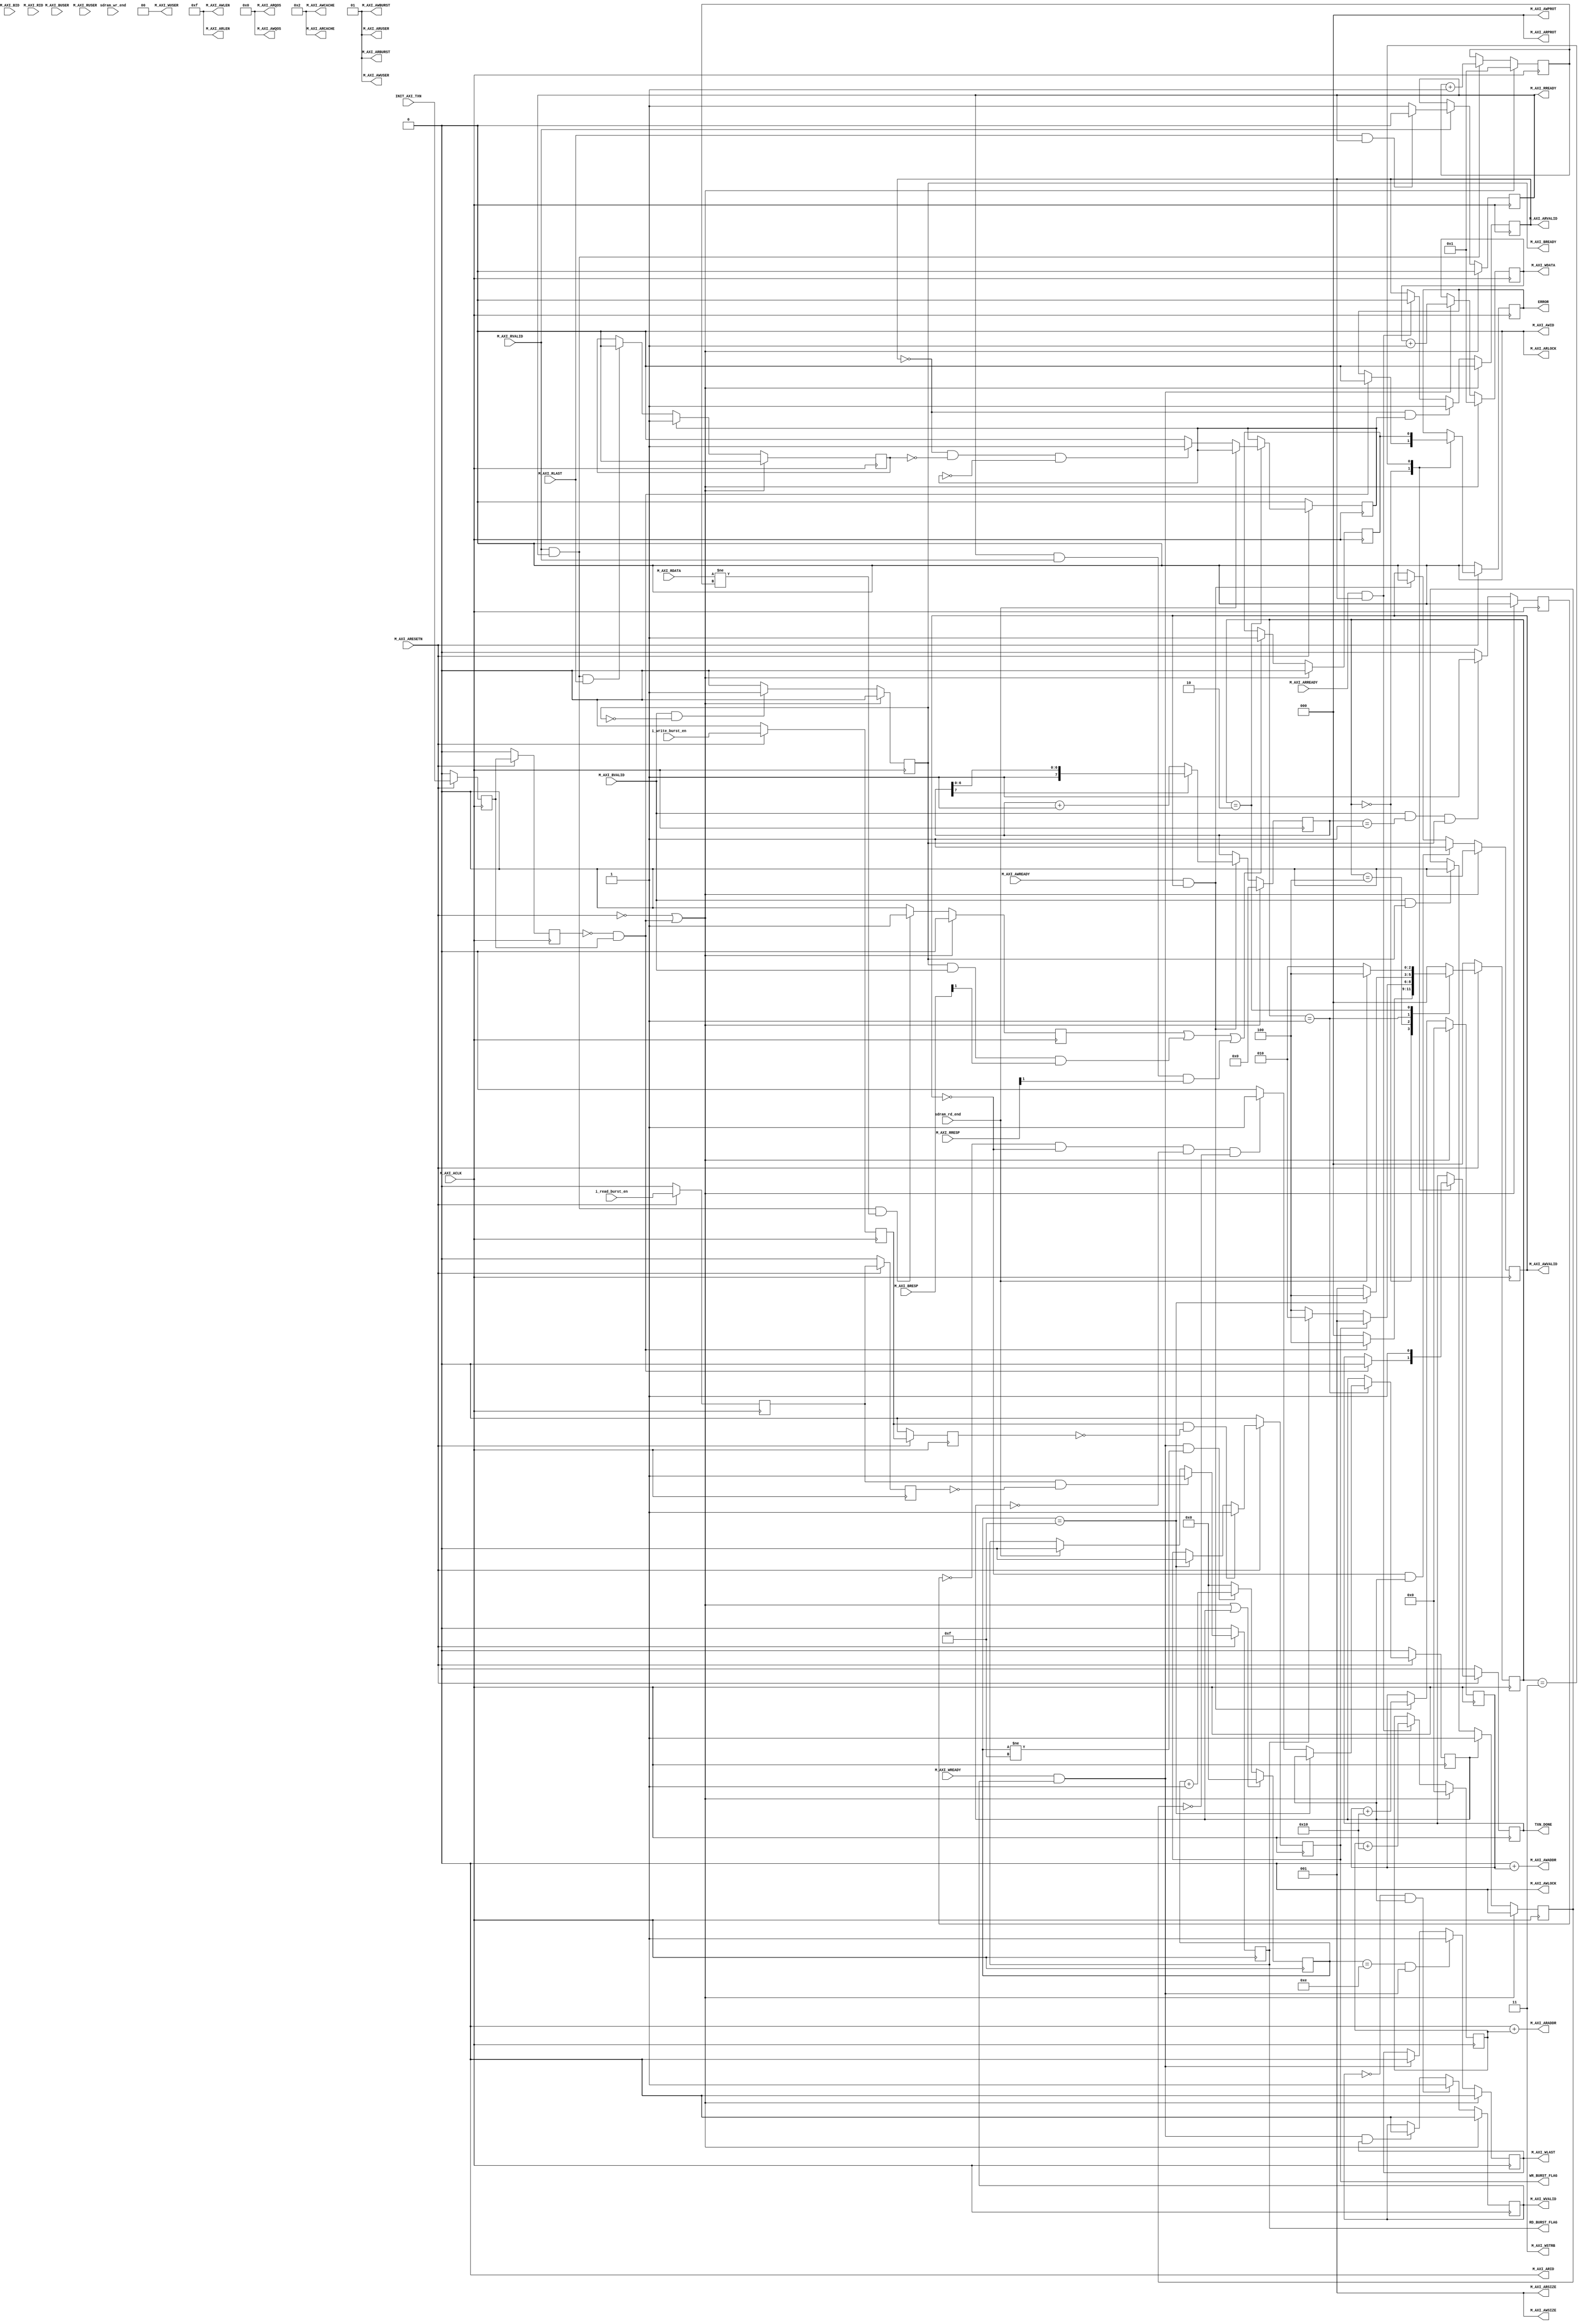
`timescale 1 ns / 1 ps
 
	module sdram_pro_axi_master #
	(
		// Users to add parameters here
 
		// User parameters ends
		// Do not modify the parameters beyond this line
 
		// Base address of targeted slave
		// 
		parameter  C_M_TARGET_SLAVE_BASE_ADDR	= 'd0,
		// Burst Length. Supports 1, 2, 4, 8, 16, 32, 64, 128, 256 burst lengths
		// 
		parameter integer C_M_AXI_BURST_LEN		= 16,
		// Thread ID Width
		// ID
		parameter integer C_M_AXI_ID_WIDTH		= 1,
		// Width of Address Bus
		// 
		parameter integer C_M_AXI_ADDR_WIDTH	= 23,
		// Width of Data Bus
		// 
		parameter integer C_M_AXI_DATA_WIDTH	= 16,
		
		// 
		// Width of User Write Address Bus
		parameter integer C_M_AXI_AWUSER_WIDTH	= 0,
		// Width of User Read Address Bus
		parameter integer C_M_AXI_ARUSER_WIDTH	= 0,
		// Width of User Write Data Bus
		parameter integer C_M_AXI_WUSER_WIDTH	= 0,
		// Width of User Read Data Bus
		parameter integer C_M_AXI_RUSER_WIDTH	= 0,
		// Width of User Response Bus
		parameter integer C_M_AXI_BUSER_WIDTH	= 0
	)
	(
		// Users to add ports here
		input	i_write_burst_en				, // 
		input	i_read_burst_en					, // 
		input	sdram_wr_end					, // sdram 
		input	sdram_rd_end					, // sdram 
		output	WR_BURST_FLAG					,
		output	RD_BURST_FLAG					,
		// User ports ends
		// Do not modify the ports beyond this line
 
		// Initiate AXI transactions
		input wire  INIT_AXI_TXN,
		// Asserts when transaction is complete
		output wire  TXN_DONE,
		// Asserts when ERROR is detected
		output reg  ERROR,
		// Global Clock Signal.
		// 
		input wire  M_AXI_ACLK,
		// Global Reset Singal. This Signal is Active Low
		// 
		input wire  M_AXI_ARESETN,
		// Master Interface Write Address ID
		// ID
		output wire [C_M_AXI_ID_WIDTH-1 : 0] M_AXI_AWID,
		// Master Interface Write Address
		// 
		output wire [C_M_AXI_ADDR_WIDTH-1 : 0] M_AXI_AWADDR,
		// Burst length. The burst length gives the exact number of transfers in a burst
		//  -> (Transfer)
		output wire [7 : 0] M_AXI_AWLEN,
		// Burst size. This signal indicates the size of each transfer in the burst
		//  -> (Transfer)()
		output wire [2 : 0] M_AXI_AWSIZE,
		// Burst type. The burst type and the size information, 
		// determine how the address for each transfer within the burst is calculated.
		//  INCR WRAP
		output wire [1 : 0] M_AXI_AWBURST,
		
		
		// Lock type. Provides additional information about the
		// atomic characteristics of the transfer.
		output wire  M_AXI_AWLOCK,
		// Memory type. This signal indicates how transactions
		// are required to progress through a system.
		output wire [3 : 0] M_AXI_AWCACHE,
		// Protection type. This signal indicates the privilege
		// and security level of the transaction, and whether
		// the transaction is a data access or an instruction access.
		output wire [2 : 0] M_AXI_AWPROT,
		// Quality of Service, QoS identifier sent for each write transaction.
		output wire [3 : 0] M_AXI_AWQOS,
		// Optional User-defined signal in the write address channel.
		output wire [C_M_AXI_AWUSER_WIDTH-1 : 0] M_AXI_AWUSER,
		
		
		// Write address valid. This signal indicates that
		// the channel is signaling valid write address and control information.
		//   -
		output wire  M_AXI_AWVALID,
		// Write address ready. This signal indicates that
		// the slave is ready to accept an address and associated control signals
		// ready  -
		input wire  M_AXI_AWREADY,
		// Master Interface Write Data.
		// 
		output wire [C_M_AXI_DATA_WIDTH-1 : 0] M_AXI_WDATA,
		// Write strobes. This signal indicates which byte
		// lanes hold valid data. There is one write strobe
		// bit for each eight bits of the write data bus.
		// strobe 
		output wire [C_M_AXI_DATA_WIDTH/8-1 : 0] M_AXI_WSTRB,
		// Write last. This signal indicates the last transfer in a write burst.
		// (Transfer)
		output wire  M_AXI_WLAST,
		
		
		// Optional User-defined signal in the write data channel.
		output wire [C_M_AXI_WUSER_WIDTH-1 : 0] M_AXI_WUSER,
		
		
		// Write valid. This signal indicates that valid write
		// data and strobes are available
		// 
		output wire  M_AXI_WVALID,
		// Write ready. This signal indicates that the slave
		// can accept the write data.
		// M_AXI_WVALID() -
		input wire  M_AXI_WREADY,
		// Master Interface Write Response.
		input wire [C_M_AXI_ID_WIDTH-1 : 0] M_AXI_BID,
		// Write response. This signal indicates the status of the write transaction.
		// or
		input wire [1 : 0] M_AXI_BRESP,
		// Optional User-defined signal in the write response channel
		input wire [C_M_AXI_BUSER_WIDTH-1 : 0] M_AXI_BUSER,
		// Write response valid. This signal indicates that the
		// channel is signaling a valid write response.
		//  -
		input wire  M_AXI_BVALID,
		// Response ready. This signal indicates that the master
		// can accept a write response.
		//  -
		output wire  M_AXI_BREADY,
		
		
		// Master Interface Read Address.
		// ID
		output wire [C_M_AXI_ID_WIDTH-1 : 0] M_AXI_ARID,
		// Read address. This signal indicates the initial
		// address of a read burst transaction.
		// 
		output wire [C_M_AXI_ADDR_WIDTH-1 : 0] M_AXI_ARADDR,
		// Burst length. The burst length gives the exact number of transfers in a burst
		//  (Transfer)
		output wire [7 : 0] M_AXI_ARLEN,
		// Burst size. This signal indicates the size of each transfer in the burst
		//  ()
		output wire [2 : 0] M_AXI_ARSIZE,
		// Burst type. The burst type and the size information, 
		// determine how the address for each transfer within the burst is calculated.
		// 
		output wire [1 : 0] M_AXI_ARBURST,
		
		
	
		// Lock type. Provides additional information about the
		// atomic characteristics of the transfer.
		output wire  M_AXI_ARLOCK,
		// Memory type. This signal indicates how transactions
		// are required to progress through a system.
		output wire [3 : 0] M_AXI_ARCACHE,
		// Protection type. This signal indicates the privilege
		// and security level of the transaction, and whether
		// the transaction is a data access or an instruction access.
		output wire [2 : 0] M_AXI_ARPROT,
		// Quality of Service, QoS identifier sent for each read transaction
		output wire [3 : 0] M_AXI_ARQOS,
		// Optional User-defined signal in the read address channel.
		output wire [C_M_AXI_ARUSER_WIDTH-1 : 0] M_AXI_ARUSER,
		
		
		
		// Write address valid. This signal indicates that
		// the channel is signaling valid read address and control information
		//  -
		output wire  M_AXI_ARVALID,
		// Read address ready. This signal indicates that
		// the slave is ready to accept an address and associated control signals
		//  - 
		input wire  M_AXI_ARREADY,
		// Read ID tag. This signal is the identification tag
		// for the read data group of signals generated by the slave.
		input wire [C_M_AXI_ID_WIDTH-1 : 0] M_AXI_RID,
		// Master Read Data
		// 
		input wire [C_M_AXI_DATA_WIDTH-1 : 0] M_AXI_RDATA,
		// Read response. This signal indicates the status of the read transfer
		//  or
		input wire [1 : 0] M_AXI_RRESP,
		// Read last. This signal indicates the last transfer in a read burst
		// RLAST (Transfer)
		input wire  M_AXI_RLAST,
		// Optional User-defined signal in the read address channel.
		input wire [C_M_AXI_RUSER_WIDTH-1 : 0] M_AXI_RUSER,
		// Read valid. This signal indicates that the channel
		// is signaling the required read data.
		//  -
		input wire  M_AXI_RVALID,
		// Read ready. This signal indicates that the master can
		// accept the read data and response information.
		//  -
		output wire  M_AXI_RREADY
	);
	// function called clogb2 that returns an integer which has the
	//value of the ceiling of the log base 2
 
	  // function called clogb2 that returns an integer which has the 
	  // value of the ceiling of the log base 2.                      
	  function integer clogb2 (input integer bit_depth);              
	  begin                                                           
	    for(clogb2=0; bit_depth>0; clogb2=clogb2+1)                   
	      bit_depth = bit_depth >> 1;                                 
	    end                                                           
	  endfunction                                                     
 
	// C_TRANSACTIONS_NUM is the width of the index counter for 
	// number of write or read transaction.
	// 
	 localparam integer C_TRANSACTIONS_NUM = clogb2(C_M_AXI_BURST_LEN-1);
 
	// Burst length for transactions, in C_M_AXI_DATA_WIDTHs.
	// Non-2^n lengths will eventually cause bursts across 4K address boundaries.
	 localparam integer C_MASTER_LENGTH	= 12;
	// total number of burst transfers is master length divided by burst length and burst size
	 localparam integer C_NO_BURSTS_REQ = C_MASTER_LENGTH-clogb2((C_M_AXI_BURST_LEN*C_M_AXI_DATA_WIDTH/8)-1);
	// Example State machine to initialize counter, initialize write transactions, 
	// initialize read transactions and comparison of read data with the 
	// written data words.
	parameter [2:0] IDLE 			= 'd0, // This state initiates AXI4Lite transaction 
					// after the state machine changes state to INIT_WRITE 
					// when there is 0 to 1 transition on INIT_AXI_TXN
					INIT_WRITE   	= 'd1, // This state initializes write transaction,
					// once writes are done, the state machine 
					// changes state to INIT_READ 
					INIT_READ 		= 'd2, // This state initializes read transaction
					// once reads are done, the state machine 
					// changes state to INIT_COMPARE 
					INIT_COMPARE 	= 'd3, // This state issues the status of comparison 
					// of the written data with the read data	
					/****************************** self ******************************/
					// add ARBIT state
					ARBIT			= 'd4;
 
	 reg [2:0] mst_exec_state;
 
	// AXI4LITE signals
	//AXI4 internal temp signals
	reg [C_M_AXI_ADDR_WIDTH-1 : 0] 	axi_awaddr;
	reg  	axi_awvalid;
	reg [C_M_AXI_DATA_WIDTH-1 : 0] 	axi_wdata;
	reg  	axi_wlast;
	reg  	axi_wvalid;
	reg  	axi_bready;
	reg [C_M_AXI_ADDR_WIDTH-1 : 0] 	axi_araddr;
	reg  	axi_arvalid;
	reg  	axi_rready;
	//write beat count in a burst
	reg [C_TRANSACTIONS_NUM : 0] 	write_index;
	//read beat count in a burst
	reg [C_TRANSACTIONS_NUM : 0] 	read_index;
	//size of C_M_AXI_BURST_LEN length burst in bytes
	wire [C_TRANSACTIONS_NUM+2 : 0] 	burst_size_bytes;
	//The burst counters are used to track the number of burst transfers of C_M_AXI_BURST_LEN burst length needed to transfer 2^C_MASTER_LENGTH bytes of data.
	reg [C_NO_BURSTS_REQ : 0] 	write_burst_counter;
	reg [C_NO_BURSTS_REQ : 0] 	read_burst_counter;
	reg  	start_single_burst_write;
	reg  	start_single_burst_read;
	reg  	writes_done;
	reg  	reads_done;
	reg  	error_reg;
	reg  	compare_done;
	reg  	read_mismatch;
	reg  	burst_write_active;
	reg  	burst_read_active;
	reg [C_M_AXI_DATA_WIDTH-1 : 0] 	expected_rdata;
	//Interface response error flags
	wire  	write_resp_error;
	wire  	read_resp_error;
	wire  	wnext;
	wire  	rnext;
	reg  	init_txn_ff;
	reg  	init_txn_ff2;
	reg  	init_txn_edge;
	wire  	init_txn_pulse;
	
	/****************************** self ******************************/
	/****************************** self ******************************/
	/****************************** self ******************************/
	// 
	reg 		i_write_burst_en_r0				;
	reg 		i_write_burst_en_r1				;
	reg 		i_read_burst_en_r0				;
	reg 		i_read_burst_en_r1				;
	wire 		i_write_burst_en_pos			;
	wire 		i_read_burst_en_pos				;
	// wr
	always @(posedge M_AXI_ACLK) begin
		if(!M_AXI_ARESETN) begin
			i_write_burst_en_r0 <= 1'b0;
			i_write_burst_en_r1 <= 1'b0;
		end
		else begin
			i_write_burst_en_r0 <= i_write_burst_en;
			i_write_burst_en_r1 <= i_write_burst_en_r0;
		end
	end
	// rd
	always @(posedge M_AXI_ACLK) begin
		if(!M_AXI_ARESETN) begin
			i_read_burst_en_r0 <= 1'b0;
			i_read_burst_en_r1 <= 1'b0;
		end
		else begin
			i_read_burst_en_r0 <= i_read_burst_en;
			i_read_burst_en_r1 <= i_read_burst_en_r0;
		end
	end
	// assign
	assign i_write_burst_en_pos = i_write_burst_en_r0 & ~i_write_burst_en_r1;
	assign i_read_burst_en_pos = i_read_burst_en_r0 & ~i_read_burst_en_r1;
	
	// flag
	reg wr_burst_flag;
	reg rd_burst_flag;
	// wr
	always @(posedge M_AXI_ACLK) begin
		if(!M_AXI_ARESETN) begin
			wr_burst_flag <= 1'b0;
		end
		else if(i_write_burst_en_pos) begin
			wr_burst_flag <= 1'b1;
		end
		//else if(sdram_wr_end) begin
		else if(write_index == C_M_AXI_BURST_LEN-1) begin
			wr_burst_flag <= 1'b0;
		end
		else begin
			wr_burst_flag <= wr_burst_flag;
		end
	end
	// rd
	always @(posedge M_AXI_ACLK) begin
		if(!M_AXI_ARESETN) begin
			rd_burst_flag <= 1'b0;
		end
		else if(i_read_burst_en_pos) begin
			rd_burst_flag <= 1'b1;
		end
		else if(sdram_rd_end) begin
		//else if(read_index == C_M_AXI_BURST_LEN-1) begin
			rd_burst_flag <= 1'b0;
		end
		else begin
			rd_burst_flag <= rd_burst_flag;
		end
	end
	
	assign WR_BURST_FLAG = wr_burst_flag;
	assign RD_BURST_FLAG = rd_burst_flag;
	
	/****************************** self ******************************/
	/****************************** self ******************************/
	/****************************** self ******************************/
	
	// I/O Connections assignments
 
	//I/O Connections. Write Address (AW)
	assign M_AXI_AWID	= 'b0;
	//The AXI address is a concatenation of the target base address + active offset range
	assign M_AXI_AWADDR	= C_M_TARGET_SLAVE_BASE_ADDR + axi_awaddr;
	//Burst LENgth is number of transaction beats, minus 1
	assign M_AXI_AWLEN	= C_M_AXI_BURST_LEN - 1;
	//Size should be C_M_AXI_DATA_WIDTH, in 2^SIZE bytes, otherwise narrow bursts are used
	assign M_AXI_AWSIZE	= clogb2((C_M_AXI_DATA_WIDTH/8)-1);
	//INCR burst type is usually used, except for keyhole bursts
	assign M_AXI_AWBURST	= 2'b01;
	assign M_AXI_AWLOCK	= 1'b0;
	//Update value to 4'b0011 if coherent accesses to be used via the Zynq ACP port. Not Allocated, Modifiable, not Bufferable. Not Bufferable since this example is meant to test memory, not intermediate cache. 
	assign M_AXI_AWCACHE	= 4'b0010;
	assign M_AXI_AWPROT	= 3'h0;
	assign M_AXI_AWQOS	= 4'h0;
	assign M_AXI_AWUSER	= 'b1;
	assign M_AXI_AWVALID	= axi_awvalid;
	//Write Data(W)
	assign M_AXI_WDATA	= axi_wdata;
	//All bursts are complete and aligned in this example
	assign M_AXI_WSTRB	= {(C_M_AXI_DATA_WIDTH/8){1'b1}};
	assign M_AXI_WLAST	= axi_wlast;
	assign M_AXI_WUSER	= 'b0;
	assign M_AXI_WVALID	= axi_wvalid;
	//Write Response (B)
	assign M_AXI_BREADY	= axi_bready;
	//Read Address (AR)
	assign M_AXI_ARID	= 'b0;
	assign M_AXI_ARADDR	= C_M_TARGET_SLAVE_BASE_ADDR + axi_araddr;
	//Burst LENgth is number of transaction beats, minus 1
	assign M_AXI_ARLEN	= C_M_AXI_BURST_LEN - 1;
	//Size should be C_M_AXI_DATA_WIDTH, in 2^n bytes, otherwise narrow bursts are used
	assign M_AXI_ARSIZE	= clogb2((C_M_AXI_DATA_WIDTH/8)-1);
	//INCR burst type is usually used, except for keyhole bursts
	assign M_AXI_ARBURST	= 2'b01;
	assign M_AXI_ARLOCK	= 1'b0;
	//Update value to 4'b0011 if coherent accesses to be used via the Zynq ACP port. Not Allocated, Modifiable, not Bufferable. Not Bufferable since this example is meant to test memory, not intermediate cache. 
	assign M_AXI_ARCACHE	= 4'b0010;
	assign M_AXI_ARPROT	= 3'h0;
	assign M_AXI_ARQOS	= 4'h0;
	assign M_AXI_ARUSER	= 'b1;
	assign M_AXI_ARVALID	= axi_arvalid;
	//Read and Read Response (R)
	assign M_AXI_RREADY	= axi_rready;
	//Example design I/O
	assign TXN_DONE	= compare_done;
	//Burst size in bytes  eg: len=16,width=16; burst_size_bytes=32
	assign burst_size_bytes	= C_M_AXI_BURST_LEN * C_M_AXI_DATA_WIDTH/8;
	
	// 
	assign init_txn_pulse	= (!init_txn_ff2) && init_txn_ff;
	//Generate a pulse to initiate AXI transaction.
	always @(posedge M_AXI_ACLK)										      
	  begin                                                                        
	    // Initiates AXI transaction delay    
	    if (M_AXI_ARESETN == 0 )                                                   
	      begin                                                                    
	        init_txn_ff <= 1'b0;                                                   
	        init_txn_ff2 <= 1'b0;                                                   
	      end                                                                               
	    else                                                                       
	      begin  
	        init_txn_ff <= INIT_AXI_TXN;
	        init_txn_ff2 <= init_txn_ff;                                                                 
	      end                                                                      
	  end 
	  
	  always @(posedge M_AXI_ACLK)                                   
	  begin                                                                
	    //                                                                   
	    if (M_AXI_ARESETN == 0 || init_txn_pulse == 1'b1 )                                           
	      begin                                                            
	        axi_awvalid <= 1'b0;                                           
	      end                                                              
	    // If previously not valid , start next transaction                
	    else if (~axi_awvalid && start_single_burst_write)                 
	      begin                                                            
	        axi_awvalid <= 1'b1;                                           
	      end                                                              
	    /* Once asserted, VALIDs cannot be deasserted, so axi_awvalid      
	    must wait until transaction is accepted */                         
	    else if (M_AXI_AWREADY && axi_awvalid)                             
	      begin                                                            
	        axi_awvalid <= 1'b0;                                           
	      end                                                              
	    else                                                               
	      axi_awvalid <= axi_awvalid;                                      
	    end                                                                
	                                                                       
	                                                                       
	// Next address after AWREADY indicates previous address acceptance    
	  always @(posedge M_AXI_ACLK)                                         
	  begin                                                                
	    if (M_AXI_ARESETN == 0 || init_txn_pulse == 1'b1)                                            
	      begin                                                            
	        axi_awaddr <= 'b0;                                             
	      end                                                              
	    else if (M_AXI_AWREADY && axi_awvalid)  //                           
	      begin                                                            
	        //axi_awaddr <= axi_awaddr + burst_size_bytes;                   
	        axi_awaddr <= axi_awaddr + burst_size_bytes/2;                   
	      end                                                              
	    else                                                               
	      axi_awaddr <= axi_awaddr; 
	  end 
		 
	  // axi_wvalidM_AXI_WREADY
	  assign wnext = M_AXI_WREADY & axi_wvalid;   	//	                                
	                                                                                    
	// WVALID logic, similar to the axi_awvalid always block above                      
	  always @(posedge M_AXI_ACLK)                                                      
	  begin                                                                             
	    if (M_AXI_ARESETN == 0 || init_txn_pulse == 1'b1 )                                                        
	      begin                                                                         
	        axi_wvalid <= 1'b0;                                                         
	      end                                                                           
	    // If previously not valid, start next transaction                              
	    else if (~axi_wvalid && start_single_burst_write)                               
	      begin                                                                         
	        axi_wvalid <= 1'b1;                                                         
	      end                                                                           
	    /* If WREADY and too many writes, throttle WVALID                               
	    Once asserted, VALIDs cannot be deasserted, so WVALID                           
	    must wait until burst is complete with WLAST */ 
		// axi_wvalidtransfer
	    else if (wnext && axi_wlast)                                                    
	      axi_wvalid <= 1'b0;                                                           
	    else                                                                            
	      axi_wvalid <= axi_wvalid;                                                     
	  end                                                                               
	                                                                                    
	                                                                                    
	//WLAST generation on the MSB of a counter underflow                                
	// WVALID logic, similar to the axi_awvalid always block above                      
	  always @(posedge M_AXI_ACLK)                                                      
	  begin                                                                             
	    if (M_AXI_ARESETN == 0 || init_txn_pulse == 1'b1 )                                                        
	      begin                                                                         
	        axi_wlast <= 1'b0;                                                          
	      end                                                                           
	    // axi_wlast is asserted when the write index                                   
	    // count reaches the penultimate count to synchronize                           
	    // with the last write data when write_index is b1111                           
	    // else if (&(write_index[C_TRANSACTIONS_NUM-1:1])&& ~write_index[0] && wnext)  
	    // axi_wlast wlast(C_M_AXI_BURST_LEN-2)axi_wvalidM_AXI_AWREADY
		else if (((write_index == C_M_AXI_BURST_LEN-2 && C_M_AXI_BURST_LEN >= 2) && wnext) || (C_M_AXI_BURST_LEN == 1 ))
	      begin                                                                         
	        axi_wlast <= 1'b1;                                                          
	      end                                                                           
	    // Deassrt axi_wlast when the last write data has been                          
	    // accepted by the slave with a valid response                                  
	    else if (wnext)  // wnext = M_AXI_WREADY & axi_wvalid;  wlastreadyvalid                                                
	      axi_wlast <= 1'b0;                                                            
	    else if (axi_wlast && C_M_AXI_BURST_LEN == 1)  // single                                 
	      axi_wlast <= 1'b0;                                                            
	    else                                                                            
	      axi_wlast <= axi_wlast;                                                       
	  end                                                                               
	                                                                                    
	                                                                                    
	/* Burst length counter. Uses extra counter register bit to indicate terminal       
	 count to reduce decode logic */                                                    
	  always @(posedge M_AXI_ACLK)                                                      
	  begin                                                                             
	    if (M_AXI_ARESETN == 0 || init_txn_pulse == 1'b1 || start_single_burst_write == 1'b1)    
	      begin                                                                         
	        write_index <= 0;                                                           
	      end                                                                           
	    else if (wnext && (write_index != C_M_AXI_BURST_LEN-1))                         
	      begin                                                                         
	        write_index <= write_index + 1;                                             
	      end                                                                           
	    else                                                                            
	      //write_index <= write_index;                                                   
	      write_index <= 'd0;                                                   
	  end                                                                               
	                                                                                    
	                                                                                    
	/* Write Data Generator                                                             
	 Data pattern is only a simple incrementing count from 0 for each burst  */         
	  always @(posedge M_AXI_ACLK)                                                      
	  begin                                                                             
	    if (M_AXI_ARESETN == 0 || init_txn_pulse == 1'b1)                                                         
	      axi_wdata <= 'b1;                                                             
	    //else if (wnext && axi_wlast)                                                  
	    //  axi_wdata <= 'b0;                                                           
	    else if (wnext)                                                                 
	      axi_wdata <= axi_wdata + 1;  //                                                   
	    else                                                                            
	      axi_wdata <= axi_wdata;                                                       
	    end                                
		
	  // readyvalid
	  always @(posedge M_AXI_ACLK)                                     
	  begin                                                                 
	    if (M_AXI_ARESETN == 0 || init_txn_pulse == 1'b1 )                                            
	      begin                                                             
	        axi_bready <= 1'b0;                                             
	      end                                                               
	    // accept/acknowledge bresp with axi_bready by the master           
	    // when M_AXI_BVALID is asserted by slave                           
	    else if (M_AXI_BVALID && ~axi_bready) //                               
	      begin                                                             
	        axi_bready <= 1'b1;                                             
	      end                                                               
	    // deassert after one clock cycle                                   
	    else if (axi_bready)                                                
	      begin                                                             
	        axi_bready <= 1'b0;                                             
	      end                                                               
	    // retain the previous value                                        
	    else                                                                
	      axi_bready <= axi_bready;                                         
	  end                                                                   
	                                                                                                                                            
	  // Flag any write response errors   write_resp_error                                     
	  // M_AXI_BRESP
	  assign write_resp_error = axi_bready & M_AXI_BVALID & M_AXI_BRESP[1]; 
	  

	  //  
	  always @(posedge M_AXI_ACLK)                                 
	  begin                                                              
	                                                                     
	    if (M_AXI_ARESETN == 0 || init_txn_pulse == 1'b1 )                                         
	      begin                                                          
	        axi_arvalid <= 1'b0;   //                                       
	      end                                                            
	    // If previously not valid , start next transaction              
	    else if (~axi_arvalid && start_single_burst_read)                
	      begin                                                          
	        axi_arvalid <= 1'b1;                                         
	      end                                                            
	    else if (M_AXI_ARREADY && axi_arvalid) //                           
	      begin                                                          
	        axi_arvalid <= 1'b0;                                         
	      end                                                            
	    else                                                             
	      axi_arvalid <= axi_arvalid;                                    
	  end                                                                
	                                                                     
	                                                                     
	// Next address after ARREADY indicates previous address acceptance  
	  always @(posedge M_AXI_ACLK)                                       
	  begin                                                              
	    if (M_AXI_ARESETN == 0 || init_txn_pulse == 1'b1)                                          
	      begin                                                          
	        axi_araddr <= 'b0;                                           
	      end                                                            
	    else if (M_AXI_ARREADY && axi_arvalid) //                          
	      begin                                                          
	        /***** self *****/
			//axi_araddr <= axi_araddr + burst_size_bytes;                 
			axi_araddr <= axi_araddr + burst_size_bytes/2;  // sdram16bit8bit2                 
	      end                                                            
	    else                                                             
	      axi_araddr <= axi_araddr;                                      
	  end             
	  
	 // Forward movement occurs when the channel is valid and ready 
	  // readyrvalidyes572
	  assign rnext = M_AXI_RVALID && axi_rready;     		//                       
                                             
	// Burst length counter. Uses extra counter register bit to indicate    
	// terminal count to reduce decode logic 
		// 
	  always @(posedge M_AXI_ACLK)                                          
	  begin                                                                 
	    if (M_AXI_ARESETN == 0 || init_txn_pulse == 1'b1 || start_single_burst_read)                  
	      begin                                                             
	        read_index <= 0;                                                
	      end                                                               
	    else if (rnext && (read_index != C_M_AXI_BURST_LEN-1))              
	      begin                                                             
	        read_index <= read_index + 1;                                   
	      end                                                               
	    else                                                                
	      read_index <= read_index;                                                                             
	  end                                                                   

                                                        
	/*                                                                      
	 The Read Data channel returns the results of the read request          
	                                                                        
	 In this example the data checker is always able to accept              
	 more data, so no need to throttle the RREADY signal                    
	 */                                                                     
	  always @(posedge M_AXI_ACLK)                                          
	  begin                                                                 
	    if (M_AXI_ARESETN == 0 || init_txn_pulse == 1'b1 )                  
	      begin                                                             
	        axi_rready <= 1'b0;                                             
	      end                                                               
	    // accept/acknowledge rdata/rresp with axi_rready by the master     
	    // when M_AXI_RVALID is asserted by slave                           
	    else if (M_AXI_RVALID)                       
	      begin                                      
	         if (M_AXI_RLAST && axi_rready) // readyrlast       
	          begin  // rlastslave                                
	            axi_rready <= 1'b0;                  
	          end                                    
	         else                                    
	           begin                                 
	             axi_rready <= 1'b1;                 
	           end                                   
	      end                                        
	    // retain the previous value                 
	  end                                            
	                                                                        
	//Check received read data against data generator                       
	  always @(posedge M_AXI_ACLK)                                          
	  begin                                                                 
	    if (M_AXI_ARESETN == 0 || init_txn_pulse == 1'b1)                   
	      begin                                                             
	        read_mismatch <= 1'b0;                                          
	      end                                                               
	    //Only check data when RVALID is active                             
	    else if (rnext && (M_AXI_RDATA != expected_rdata))                  
	      begin                                                             
	        read_mismatch <= 1'b1;                                          
	      end                                                               
	    else                                                                
	      read_mismatch <= 1'b0;                                            
	  end                                                                   
	                                                                        
	//Flag any read response errors                                         
	  assign read_resp_error = axi_rready & M_AXI_RVALID & M_AXI_RRESP[1]; 
	//----------------------------------------
	//Example design read check data generator
	//-----------------------------------------
	//Generate expected read data to check against actual read data
	  always @(posedge M_AXI_ACLK)                     
	  begin                                                  
		if (M_AXI_ARESETN == 0 || init_txn_pulse == 1'b1)// || M_AXI_RLAST)             
			expected_rdata <= 'b1;                            
		else if (M_AXI_RVALID && axi_rready)                  
			expected_rdata <= expected_rdata + 1;             
		else                                                  
			expected_rdata <= expected_rdata;                 
	  end  
	//----------------------------------
	//Example design error register
	//----------------------------------
	//Register and hold any data mismatches, or read/write interface errors 
	  always @(posedge M_AXI_ACLK)                                 
	  begin                                                              
	    if (M_AXI_ARESETN == 0 || init_txn_pulse == 1'b1)                                          
	      begin                                                          
	        error_reg <= 1'b0;                                           
	      end                                                            
	    else if (read_mismatch || write_resp_error || read_resp_error)   
	      begin                                                          
	        error_reg <= 1'b1;                                           
	      end                                                            
	    else                                                             
	      error_reg <= error_reg;                                        
	  end  
	  
	 // write_burst_counter counter keeps track with the number of burst transaction initiated            
	 // against the number of burst transactions the master needs to initiate                                   
	  always @(posedge M_AXI_ACLK)                                                                              
	  begin                                                                                                     
	    if (M_AXI_ARESETN == 0 || init_txn_pulse == 1'b1 )                                                                                 
	      begin                                                                                                 
	        write_burst_counter <= 'b0;                                                                         
	      end                                                                                                   
	    else if (M_AXI_AWREADY && axi_awvalid)                                                                  
	      begin                                                                                                 
	        if (write_burst_counter[C_NO_BURSTS_REQ] == 1'b0)                                                   
	          begin                                                                                             
	            write_burst_counter <= write_burst_counter + 1'b1;                                              
	            //write_burst_counter[C_NO_BURSTS_REQ] <= 1'b1;                                                 
	          end                                                                                               
	      end                                                                                                   
	    else                                                                                                    
	      write_burst_counter <= write_burst_counter;                                                           
	  end                                                                                                       
	                                                                                                            
	 // read_burst_counter counter keeps track with the number of burst transaction initiated                   
	 // against the number of burst transactions the master needs to initiate                                   
	  always @(posedge M_AXI_ACLK)                                                                              
	  begin                                                                                                     
	    if (M_AXI_ARESETN == 0 || init_txn_pulse == 1'b1)                                                                                 
	      begin                                                                                                 
	        read_burst_counter <= 'b0;                                                                          
	      end                                                                                                   
	    else if (M_AXI_ARREADY && axi_arvalid)                                                                  
	      begin                                                                                                 
	        if (read_burst_counter[C_NO_BURSTS_REQ] == 1'b0)                                                    
	          begin                                                                                             
	            read_burst_counter <= read_burst_counter + 1'b1;                                                
	            //read_burst_counter[C_NO_BURSTS_REQ] <= 1'b1;                                                  
	          end                                                                                               
	      end                                                                                                   
	    else                                                                                                    
	      read_burst_counter <= read_burst_counter;                                                             
	  end
	  
	  
	  //implement master command interface state machine                                                        
	                                                                                                            
	  always @ ( posedge M_AXI_ACLK)                                                                            
	  begin                                                                                                     
	    if (M_AXI_ARESETN == 1'b0 )                                                                             
	      begin                                                                                                 
	        // reset condition                                                                                  
	        // All the signals are assigned default values under reset condition                                
	        mst_exec_state      <= IDLE;                                                                
	        start_single_burst_write <= 1'b0;                                                                   
	        start_single_burst_read  <= 1'b0;                                                                   
	        compare_done      <= 1'b0;                                                                          
	        ERROR <= 1'b0;   
	      end                                                                                                   
	    else                                                                                                    
	      begin                                                                                                 
	                                                                                                            
	        // state transition                                                                                 
	        case (mst_exec_state)                                                                                                                                                                             
	          IDLE:                                                                                     
	            // This state is responsible to wait for user defined C_M_START_COUNT                           
	            // number of clock cycles.                                                                      
	            if ( init_txn_pulse == 1'b1)                                                      
	              begin                                                                                         
	                mst_exec_state  <= ARBIT;                                                              
	                ERROR <= 1'b0;
	                compare_done <= 1'b0;
	              end                                                                                           
	            else                                                                                            
	              begin                                                                                         
	                mst_exec_state  <= IDLE;                                                            
	              end                                                                                           
			  ARBIT : begin
				if(wr_burst_flag) begin
					mst_exec_state <= INIT_WRITE;
				end
				else if(rd_burst_flag) begin
					mst_exec_state <= INIT_READ;
				end
				else begin
					mst_exec_state <= ARBIT;
				end
			  end
	          INIT_WRITE:                                                                                       
	            // This state is responsible to issue start_single_write pulse to                               
	            // initiate a write transaction. Write transactions will be                                     
	            // issued until burst_write_active signal is asserted.                                          
	            // write controller                                                                             
	            //if (writes_done)                                                                                
	            //if (sdram_wr_end)                                                                                
	            if (write_index == C_M_AXI_BURST_LEN-1)                                                                                
	              begin                                                                                         
	                //mst_exec_state <= INIT_READ;//                                                            
	                /****************************** self ******************************/
					mst_exec_state <= ARBIT;//                                                            
	              end                                                                                           
	            else                                                                                            
	              begin                                                                                         
	                mst_exec_state  <= INIT_WRITE;                                                                                                                                                         
	                //if (~axi_awvalid && ~start_single_burst_write && ~burst_write_active)                       
	                /***** self *****/
					if (~writes_done && ~axi_awvalid && ~start_single_burst_write && ~burst_write_active)                       
	                  begin                                                                                     
	                    start_single_burst_write <= 1'b1;                                                       
	                  end                                                                                       
	                else                                                                                        
	                  begin                                                                                     
	                    start_single_burst_write <= 1'b0; //Negate to generate a pulse                          
	                  end                                                                                       
	              end                                                                                           
	                                                                                                            
	          INIT_READ:                                                                                        
	            // This state is responsible to issue start_single_read pulse to                                
	            // initiate a read transaction. Read transactions will be                                       
	            // issued until burst_read_active signal is asserted.                                           
	            // read controller                                                                              
	            //if (reads_done)                                                                                 
	            if (sdram_rd_end)                                                                                 
	            //if (read_index == C_M_AXI_BURST_LEN-1)                                                                                 
	              begin                                                                                         
	                //mst_exec_state <= INIT_COMPARE;                                                             
	                mst_exec_state <= ARBIT;                                                             
	              end                                                                                           
	            else                                                                                            
	              begin                                                                                         
	                mst_exec_state  <= INIT_READ;                                                               	                                                                                                            
	                if (~axi_arvalid && ~burst_read_active && ~start_single_burst_read)                         
	                  begin                                                                                     
	                    start_single_burst_read <= 1'b1;                                                        
	                  end                                                                                       
	               else                                                                                         
	                 begin                                                                                      
	                   start_single_burst_read <= 1'b0; //Negate to generate a pulse                            
	                 end                                                                                        
	              end                                                                                           
	                                                                                                            
	          INIT_COMPARE:                                                                                     
	            // This state is responsible to issue the state of comparison                                   
	            // of written data with the read data. If no error flags are set,                               
	            // compare_done signal will be asseted to indicate success.                                     
	            //if (~error_reg)                                                                               
	            begin                                                                                           
	              ERROR <= error_reg;
	              mst_exec_state <= IDLE;                                                               
	              compare_done <= 1'b1;                                                                         
	            end                                                                                             
	          default :                                                                                         
	            begin                                                                                           
	              mst_exec_state  <= IDLE;                                                              
	            end                                                                                             
	        endcase                                                                                             
	      end                                                                                                   
	  end //MASTER_EXECUTION_PROC
	  
	  // burst_write_active signal is asserted when there is a burst write transaction                          
	  // is initiated by the assertion of start_single_burst_write. burst_write_active                          
	  // signal remains asserted until the burst write is accepted by the slave                                 
	  always @(posedge M_AXI_ACLK)                                                                              
	  begin                                                                                                     
	    if (M_AXI_ARESETN == 0 || init_txn_pulse == 1'b1)                                                                                 
	      burst_write_active <= 1'b0;                                                                                                                                                                        
	    //The burst_write_active is asserted when a write burst transaction is initiated                        
	    else if (start_single_burst_write)                                                                      
	      burst_write_active <= 1'b1;                                                                           
	    else if (M_AXI_BVALID && axi_bready)                                                                    
	      burst_write_active <= 0;                                                                              
	  end 
	  
	 // Check for last write completion.                                                                        	                                                                                                            
	 // This logic is to qualify the last write count with the final write                                      
	 // response. This demonstrates how to confirm that a write has been                                        
	 // committed.                                                                                           	                                                                                                            
	  always @(posedge M_AXI_ACLK)                                                                              
	  begin                                                                                                     
	    if (M_AXI_ARESETN == 0 || init_txn_pulse == 1'b1)                                                                                 
	      writes_done <= 1'b0;                                                                                                       
	    //The writes_done should be associated with a bready response                                           
	    //else if (M_AXI_BVALID && axi_bready && (write_burst_counter == {(C_NO_BURSTS_REQ-1){1}}) && axi_wlast)
	    
		//else if (M_AXI_BVALID && (write_burst_counter[C_NO_BURSTS_REQ]) && axi_bready)                          
		else if (M_AXI_BVALID && (write_burst_counter == 'd1) && axi_bready)                          
			writes_done <= 1'b1;                                                                                  
	    else                                                                                                    
			//writes_done <= writes_done;                                                                           
			writes_done <= 1'b0;                                                                           
	    end  
		
	  // burst_read_active signal is asserted when there is a burst write transaction                           
	  // is initiated by the assertion of start_single_burst_write. start_single_burst_read                     
	  // signal remains asserted until the burst read is accepted by the master                                 
	  always @(posedge M_AXI_ACLK)                                                                              
	  begin                                                                                                     
	    if (M_AXI_ARESETN == 0 || init_txn_pulse == 1'b1)                                                                                 
	      burst_read_active <= 1'b0;                                                                                                                                                                                
	    //The burst_write_active is asserted when a write burst transaction is initiated                        
	    else if (start_single_burst_read)                                                                       
	      burst_read_active <= 1'b1;                                                                            
	    else if (M_AXI_RVALID && axi_rready && M_AXI_RLAST)                                                     
	      burst_read_active <= 0;                                                                               
	    end                                                                                                     
		
	 // Check for last read completion.                                                                         
	                                                                                                            
	 // This logic is to qualify the last read count with the final read                                        
	 // response. This demonstrates how to confirm that a read has been                                         
	 // committed.                                                                                              
	                                                                                                            
	  always @(posedge M_AXI_ACLK)                                                                              
	  begin                                                                                                     
	    if (M_AXI_ARESETN == 0 || init_txn_pulse == 1'b1)                                                                                 
	      reads_done <= 1'b0;                                                                                                                                                                                         
	    //The reads_done should be associated with a rready response                                            
	    //else if (M_AXI_BVALID && axi_bready && (write_burst_counter == {(C_NO_BURSTS_REQ-1){1}}) && axi_wlast)
	    
		//else if (M_AXI_RVALID && axi_rready && (read_index == C_M_AXI_BURST_LEN-1) && (read_burst_counter[C_NO_BURSTS_REQ]))
		else if (M_AXI_RVALID && axi_rready && (read_index == C_M_AXI_BURST_LEN-1) && (read_burst_counter == 'd1))
	      reads_done <= 1'b1;                                                                                   
	    else                                                                                                    
	      //reads_done <= reads_done;                                                                             
	      reads_done <= 1'b0;                                                                             
	    end                                                                                                     
 
	// Add user logic here
 
	// User logic ends
 
endmodule